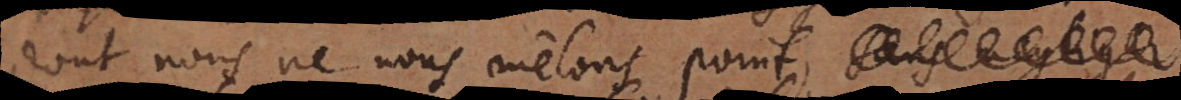
dont nous ne nous mêlons point,